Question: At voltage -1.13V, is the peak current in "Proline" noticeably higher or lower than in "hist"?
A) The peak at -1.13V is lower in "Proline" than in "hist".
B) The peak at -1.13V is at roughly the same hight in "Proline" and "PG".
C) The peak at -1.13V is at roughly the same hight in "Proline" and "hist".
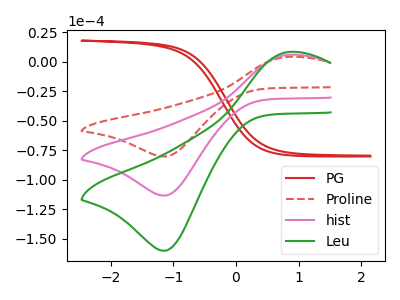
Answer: <think>The red curve "PG" has no peaks. The red dashed curve "Proline" has an anodic peak at (0.85V, 4.15uA) and a cathodic peak at (-1.15V, -80.25uA). The pink curve "hist" has an anodic peak at (0.85V, 5.85uA) and a cathodic peak at (-1.15V, -113.30uA). The green curve "Leu" has an anodic peak at (0.85V, 11.65uA) and a cathodic peak at (-1.15V, -226.65uA).</think>
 <answer>A) The peak at -1.13V is lower in "Proline" than in "hist".</answer>
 <eval>A</eval>